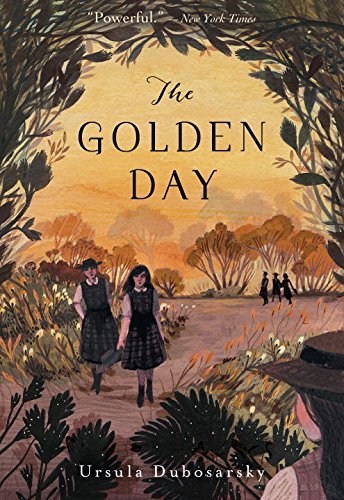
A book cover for The Golden Day; Ursula Dubosarsky; Teen & Young Adult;